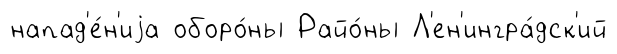
напад'е́н'иjа оборо́ны Райо́ны Л'ен'ингра́дск'ий